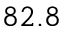
8 2 . 8